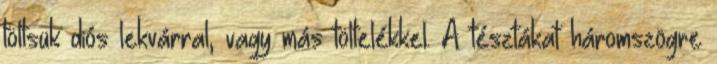
töltsük diós lekvárral, vagy más töltelékkel. A tésztákat háromszögre